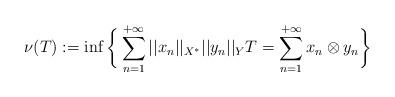
LaTeX: \begin{align*} \nu(T) := \inf \bigg\{\sum_{n=1}^{+\infty}||x_n||_{X^*}||y_n||_Y T = \sum_{n=1}^{+\infty}x_n\otimes y_n\bigg\}\end{align*}